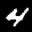
Label: 4